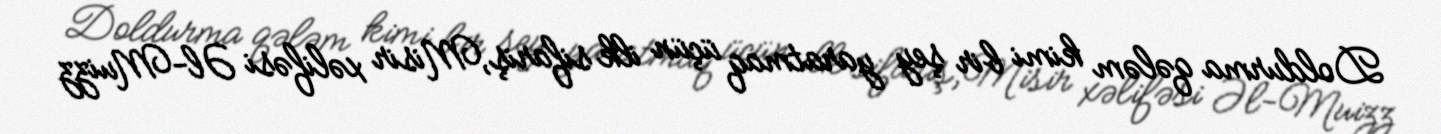
Doldurma qələm kimi bir şey yaratmaq üçün ilk sifariş,Misir xəlifəsi Əl-Muizz